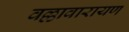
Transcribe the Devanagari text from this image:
वल्लावारायण